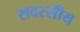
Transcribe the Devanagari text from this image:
सदस्सीय